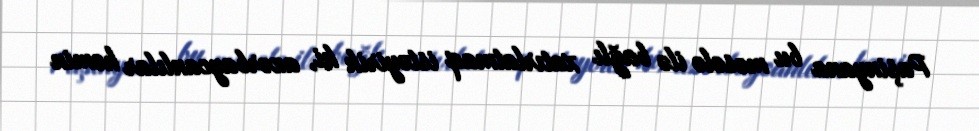
Paşinyana bu məsələ ilə bağlı xatırlatmaq istəyirik ki, azərbaycanlılar həmin